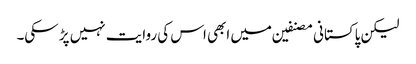
لیکن پاکستانی مصنفین میں ابھی اس کی روایت نہیں پڑ سکی۔